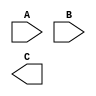
`timescale 1ns / 1ps
//////////////////////////////////////////////////////////////////////////////////
// Company: 5G Testbed, IISc
// Module Name: matrix_addition
// Project Name: Bit_Vector
//////////////////////////////////////////////////////////////////////////////////


module matrix_addition(A, B, C);
input[0:15] A, B;
output[0:15] C;

reg [7:0] A1 [0:1][0:1];
reg [7:0] B1 [0:1][0:1];
reg [7:0] C1 [0:1][0:1];

integer i, j;

always @(A or B)
begin
  {A1[0][0], A1[0][1], A1[0][1], A1[1][1]} = A;
  {B1[0][0], B1[0][1], B1[0][1], B1[1][1]} = A;
  
  for(i = 0; i<2; i = i+1)
  begin
    for(j=0; j<2; j=j+1)
    begin
    C1[i][j] = A1[i][j] + B1[i][j];
    end
  end
    
  {C1[0][0], C1[0][1], C1[0][1], C1[1][1]} = A;
end

endmodule